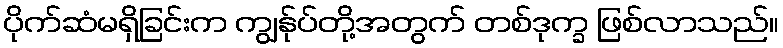
ပိုက်ဆံမရှိခြင်းက ကျွန်ုပ်တို့အတွက် တစ်ဒုက္ခ ဖြစ်လာသည်။